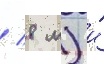
/ 8 м) и́